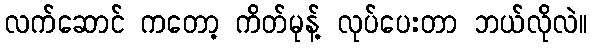
လက်ဆောင် ကတော့ ကိတ်မုန့် လုပ်ပေးတာ ဘယ်လိုလဲ။